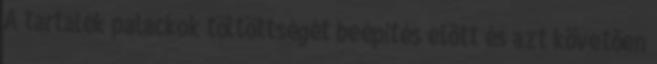
A tartalék palackok töltöttségét beépítés elõtt és azt követõen